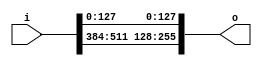
// This program was cloned from: https://github.com/NYU-MLDA/OpenABC
// License: BSD 3-Clause "New" or "Revised" License

module bsg_array_concentrate_static_09_128
(
  i,
  o
);

  input [639:0] i;
  output [255:0] o;
  wire [255:0] o;
  assign o[255] = i[511];
  assign o[254] = i[510];
  assign o[253] = i[509];
  assign o[252] = i[508];
  assign o[251] = i[507];
  assign o[250] = i[506];
  assign o[249] = i[505];
  assign o[248] = i[504];
  assign o[247] = i[503];
  assign o[246] = i[502];
  assign o[245] = i[501];
  assign o[244] = i[500];
  assign o[243] = i[499];
  assign o[242] = i[498];
  assign o[241] = i[497];
  assign o[240] = i[496];
  assign o[239] = i[495];
  assign o[238] = i[494];
  assign o[237] = i[493];
  assign o[236] = i[492];
  assign o[235] = i[491];
  assign o[234] = i[490];
  assign o[233] = i[489];
  assign o[232] = i[488];
  assign o[231] = i[487];
  assign o[230] = i[486];
  assign o[229] = i[485];
  assign o[228] = i[484];
  assign o[227] = i[483];
  assign o[226] = i[482];
  assign o[225] = i[481];
  assign o[224] = i[480];
  assign o[223] = i[479];
  assign o[222] = i[478];
  assign o[221] = i[477];
  assign o[220] = i[476];
  assign o[219] = i[475];
  assign o[218] = i[474];
  assign o[217] = i[473];
  assign o[216] = i[472];
  assign o[215] = i[471];
  assign o[214] = i[470];
  assign o[213] = i[469];
  assign o[212] = i[468];
  assign o[211] = i[467];
  assign o[210] = i[466];
  assign o[209] = i[465];
  assign o[208] = i[464];
  assign o[207] = i[463];
  assign o[206] = i[462];
  assign o[205] = i[461];
  assign o[204] = i[460];
  assign o[203] = i[459];
  assign o[202] = i[458];
  assign o[201] = i[457];
  assign o[200] = i[456];
  assign o[199] = i[455];
  assign o[198] = i[454];
  assign o[197] = i[453];
  assign o[196] = i[452];
  assign o[195] = i[451];
  assign o[194] = i[450];
  assign o[193] = i[449];
  assign o[192] = i[448];
  assign o[191] = i[447];
  assign o[190] = i[446];
  assign o[189] = i[445];
  assign o[188] = i[444];
  assign o[187] = i[443];
  assign o[186] = i[442];
  assign o[185] = i[441];
  assign o[184] = i[440];
  assign o[183] = i[439];
  assign o[182] = i[438];
  assign o[181] = i[437];
  assign o[180] = i[436];
  assign o[179] = i[435];
  assign o[178] = i[434];
  assign o[177] = i[433];
  assign o[176] = i[432];
  assign o[175] = i[431];
  assign o[174] = i[430];
  assign o[173] = i[429];
  assign o[172] = i[428];
  assign o[171] = i[427];
  assign o[170] = i[426];
  assign o[169] = i[425];
  assign o[168] = i[424];
  assign o[167] = i[423];
  assign o[166] = i[422];
  assign o[165] = i[421];
  assign o[164] = i[420];
  assign o[163] = i[419];
  assign o[162] = i[418];
  assign o[161] = i[417];
  assign o[160] = i[416];
  assign o[159] = i[415];
  assign o[158] = i[414];
  assign o[157] = i[413];
  assign o[156] = i[412];
  assign o[155] = i[411];
  assign o[154] = i[410];
  assign o[153] = i[409];
  assign o[152] = i[408];
  assign o[151] = i[407];
  assign o[150] = i[406];
  assign o[149] = i[405];
  assign o[148] = i[404];
  assign o[147] = i[403];
  assign o[146] = i[402];
  assign o[145] = i[401];
  assign o[144] = i[400];
  assign o[143] = i[399];
  assign o[142] = i[398];
  assign o[141] = i[397];
  assign o[140] = i[396];
  assign o[139] = i[395];
  assign o[138] = i[394];
  assign o[137] = i[393];
  assign o[136] = i[392];
  assign o[135] = i[391];
  assign o[134] = i[390];
  assign o[133] = i[389];
  assign o[132] = i[388];
  assign o[131] = i[387];
  assign o[130] = i[386];
  assign o[129] = i[385];
  assign o[128] = i[384];
  assign o[127] = i[127];
  assign o[126] = i[126];
  assign o[125] = i[125];
  assign o[124] = i[124];
  assign o[123] = i[123];
  assign o[122] = i[122];
  assign o[121] = i[121];
  assign o[120] = i[120];
  assign o[119] = i[119];
  assign o[118] = i[118];
  assign o[117] = i[117];
  assign o[116] = i[116];
  assign o[115] = i[115];
  assign o[114] = i[114];
  assign o[113] = i[113];
  assign o[112] = i[112];
  assign o[111] = i[111];
  assign o[110] = i[110];
  assign o[109] = i[109];
  assign o[108] = i[108];
  assign o[107] = i[107];
  assign o[106] = i[106];
  assign o[105] = i[105];
  assign o[104] = i[104];
  assign o[103] = i[103];
  assign o[102] = i[102];
  assign o[101] = i[101];
  assign o[100] = i[100];
  assign o[99] = i[99];
  assign o[98] = i[98];
  assign o[97] = i[97];
  assign o[96] = i[96];
  assign o[95] = i[95];
  assign o[94] = i[94];
  assign o[93] = i[93];
  assign o[92] = i[92];
  assign o[91] = i[91];
  assign o[90] = i[90];
  assign o[89] = i[89];
  assign o[88] = i[88];
  assign o[87] = i[87];
  assign o[86] = i[86];
  assign o[85] = i[85];
  assign o[84] = i[84];
  assign o[83] = i[83];
  assign o[82] = i[82];
  assign o[81] = i[81];
  assign o[80] = i[80];
  assign o[79] = i[79];
  assign o[78] = i[78];
  assign o[77] = i[77];
  assign o[76] = i[76];
  assign o[75] = i[75];
  assign o[74] = i[74];
  assign o[73] = i[73];
  assign o[72] = i[72];
  assign o[71] = i[71];
  assign o[70] = i[70];
  assign o[69] = i[69];
  assign o[68] = i[68];
  assign o[67] = i[67];
  assign o[66] = i[66];
  assign o[65] = i[65];
  assign o[64] = i[64];
  assign o[63] = i[63];
  assign o[62] = i[62];
  assign o[61] = i[61];
  assign o[60] = i[60];
  assign o[59] = i[59];
  assign o[58] = i[58];
  assign o[57] = i[57];
  assign o[56] = i[56];
  assign o[55] = i[55];
  assign o[54] = i[54];
  assign o[53] = i[53];
  assign o[52] = i[52];
  assign o[51] = i[51];
  assign o[50] = i[50];
  assign o[49] = i[49];
  assign o[48] = i[48];
  assign o[47] = i[47];
  assign o[46] = i[46];
  assign o[45] = i[45];
  assign o[44] = i[44];
  assign o[43] = i[43];
  assign o[42] = i[42];
  assign o[41] = i[41];
  assign o[40] = i[40];
  assign o[39] = i[39];
  assign o[38] = i[38];
  assign o[37] = i[37];
  assign o[36] = i[36];
  assign o[35] = i[35];
  assign o[34] = i[34];
  assign o[33] = i[33];
  assign o[32] = i[32];
  assign o[31] = i[31];
  assign o[30] = i[30];
  assign o[29] = i[29];
  assign o[28] = i[28];
  assign o[27] = i[27];
  assign o[26] = i[26];
  assign o[25] = i[25];
  assign o[24] = i[24];
  assign o[23] = i[23];
  assign o[22] = i[22];
  assign o[21] = i[21];
  assign o[20] = i[20];
  assign o[19] = i[19];
  assign o[18] = i[18];
  assign o[17] = i[17];
  assign o[16] = i[16];
  assign o[15] = i[15];
  assign o[14] = i[14];
  assign o[13] = i[13];
  assign o[12] = i[12];
  assign o[11] = i[11];
  assign o[10] = i[10];
  assign o[9] = i[9];
  assign o[8] = i[8];
  assign o[7] = i[7];
  assign o[6] = i[6];
  assign o[5] = i[5];
  assign o[4] = i[4];
  assign o[3] = i[3];
  assign o[2] = i[2];
  assign o[1] = i[1];
  assign o[0] = i[0];

endmodule